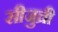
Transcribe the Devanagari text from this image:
सीजुच्री